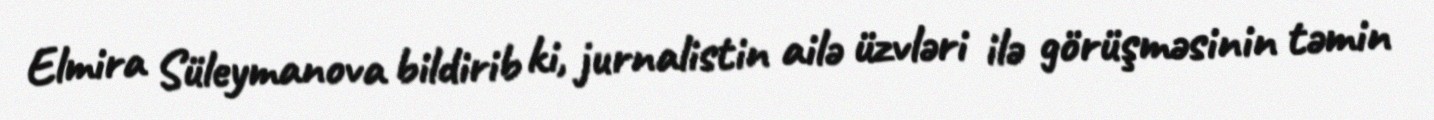
Elmira Süleymanova bildirib ki, jurnalistin ailə üzvləri ilə görüşməsinin təmin